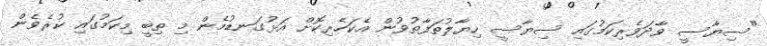
"ސިޔާސީ ވާދަވެރިކަމުގައި ސިޔާސީ ހިޔާލުތަފާތުވުން އެކަހެރިކޮށް އަޅުގަނޑުމެން މި ތިބީ މިކަމުގައި ކުރެވެން